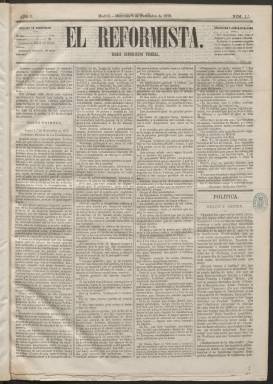
Título: El Reformista (Madrid. 1873)
Colección: Periódicos
Ámbito geográfico: Madrid
Lugar de publicación: Madrid
Fechas: 05/11/1873-30/12/1873